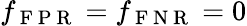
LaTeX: f_{\mathrm{~F~P~R~}}=f_{\mathrm{~F~N~R~}}=0